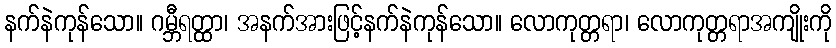
နက်နဲကုန်သော။ ဂမ္ဘီရတ္ထာ၊ အနက်အားဖြင့်နက်နဲကုန်သော။ လောကုတ္တရာ၊ လောကုတ္တရာအကျိုးကို